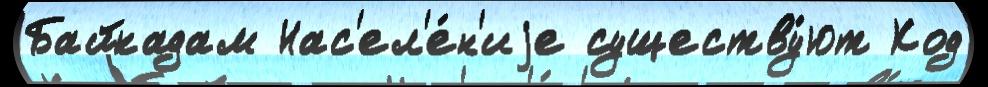
Байкадам Нас'ел'е́н'иjе существу́ют Код